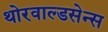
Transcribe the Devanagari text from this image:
थोरवाल्डसेन्स